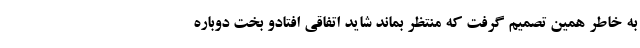
به خاطر همین تصمیم گرفت که منتظر بماند شاید اتفاقی افتادو بخت دوباره